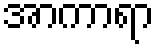
အာကာရာ